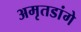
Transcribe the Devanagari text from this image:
अमृतडांगे